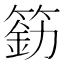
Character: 𰪐